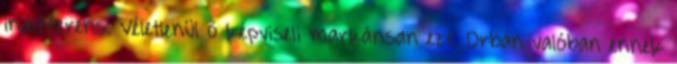
indifferens. Véletlenül ő képviseli markánsan ezt. Orbán valóban ennek